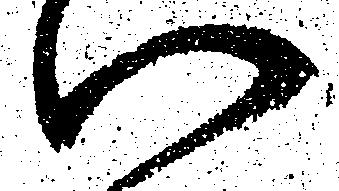
い